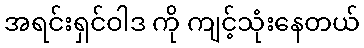
အရင်းရှင်ဝါဒ ကို ကျင့်သုံးနေတယ်